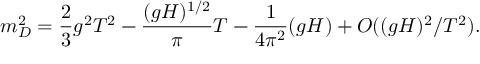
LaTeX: m _ { D } ^ { 2 } = \frac { 2 } { 3 } g ^ { 2 } T ^ { 2 } - \frac { ( g H ) ^ { 1 / 2 } } { \pi } T - \frac { 1 } { 4 \pi ^ { 2 } } ( g H ) + O ( ( g H ) ^ { 2 } / T ^ { 2 } ) .